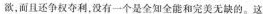
欲，而且还争权夺利，没有一个是全知全能和完美无缺的。这